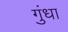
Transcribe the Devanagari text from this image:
गुंधा